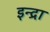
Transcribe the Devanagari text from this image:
इन्द्रा